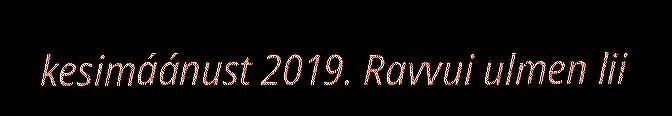
kesimáánust 2019. Ravvui ulmen lii